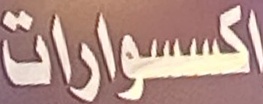
اكسسورات